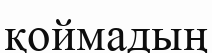
қоймадың